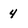
Character: 4